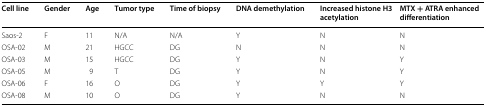
<table><thead><tr><td><b>Cell line</b></td><td><b>Gender</b></td><td><b>Age</b></td><td><b>Tumor type</b></td><td><b>Time of biopsy</b></td><td><b>DNA demethylation</b></td><td><b>Increased histone H3 acetylation</b></td><td><b>MTX + ATRA enhanced differentiation</b></td></tr></thead><tbody><tr><td>Saos-2</td><td>F</td><td>11</td><td>N/A</td><td>N/A</td><td>Y</td><td>N</td><td>N</td></tr><tr><td>OSA-02</td><td>M</td><td>21</td><td>HGCC</td><td>DG</td><td>N</td><td>N</td><td>N</td></tr><tr><td>OSA-03</td><td>M</td><td>15</td><td>HGCC</td><td>DG</td><td>Y</td><td>N</td><td>Y</td></tr><tr><td>OSA-05</td><td>M</td><td>9</td><td>T</td><td>DG</td><td>Y</td><td>N</td><td>Y</td></tr><tr><td>OSA-06</td><td>F</td><td>16</td><td>O</td><td>DG</td><td>Y</td><td>Y</td><td>Y</td></tr><tr><td>OSA-08</td><td>M</td><td>10</td><td>O</td><td>DG</td><td>Y</td><td>N</td><td>N</td></tr></tbody></table>